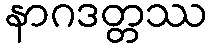
နာဂဒတ္တဿ